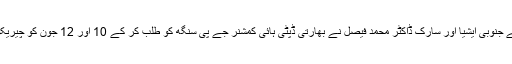
وزارت خارجہ سے پیر کو جاری ہونے والے ایک بیان کے مطابق ڈائریکٹر جنرل برائے جنوبی ایشیا اور سارک ڈاکٹر محمد فیصل نے بھارتی ڈپٹی ہائی کمشنر جے پی سنگھ کو طلب کر کے 10 اور 12 جون کو چیریکوٹ اور ہاٹ اسپرنگ سیکٹرز میں بھارت کی مبینہ ’’بلا اشتعال‘‘ فائرنگ پر احتجاج کیا۔